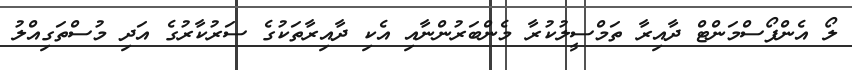
ލޯ އެންފޯސްމަންޓް ދާއިރާ ތަމްސީލުކުރާ މެންބަރުންނާއި އެކި ދާއިރާތަކުގެ ސަރުކާރުގެ އަދި މުސްތަގިއްލު